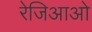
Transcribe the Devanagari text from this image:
रेजिआओ